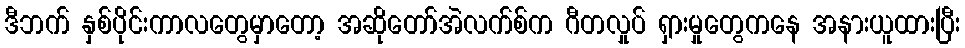
ဒီဘက် နှစ်ပိုင်းကာလတွေမှာတော့ အဆိုတော်အဲလက်စ်က ဂီတလှုပ် ရှားမှုတွေကနေ အနားယူထားပြီး